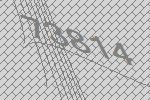
73814